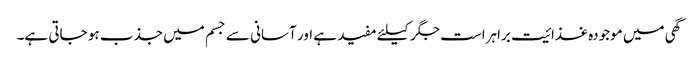
گھی میں موجودہ غذائیت براہراست جگر کیلئے مفید ہے اور آسانی سے جسم میں جذب ہو جاتی ہے۔